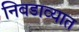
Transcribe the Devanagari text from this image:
निवडाव्यात